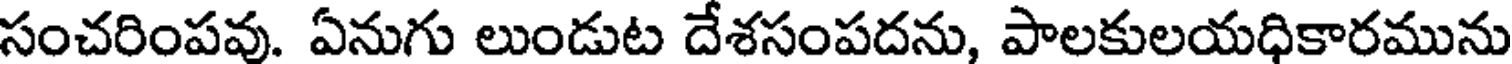
సంచరింపవు. ఏనుగు లుండుట దేశసంపదను, పాలకులయధికారమును